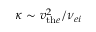
\kappa \sim v _ { \mathrm { t h } e } ^ { 2 } / \nu _ { e i }